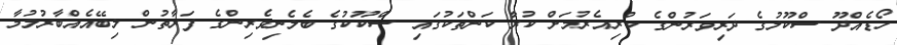
ހޯޑެއްދޫ ސްކޫލުގެ ދަރިވަރުންގެ ކުރިއެރުމަށް ކުރާ ކަންތަކުގައި ސްކޫކުގެ ބެލެނިވެރިންގެ ފަރާތުން ލިބޭއެއްބާރުލުމާ